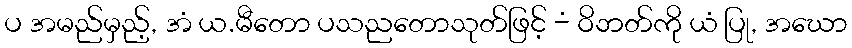
ပ အမည်မှည့်, အံ ယ.မီတော ပသညတောသုတ်ဖြင့် -ံ ဝိဘတ်ကို ယံ ပြု, အဃော